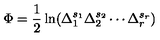
\Phi = \frac 1 2 \ln ( \Delta _ { 1 } ^ { s _ { 1 } } \Delta _ { 2 } ^ { s _ { 2 } } \cdots \Delta _ { r } ^ { s _ { r } } )